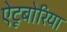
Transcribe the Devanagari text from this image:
ऐटूबोरिया